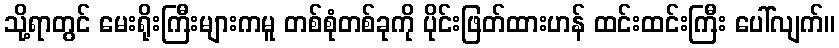
သို့ရာတွင် မေးရိုးကြီးများကမူ တစ်စုံတစ်ခုကို ပိုင်းဖြတ်ထားဟန် ထင်းထင်းကြီး ပေါ်လျက်။